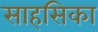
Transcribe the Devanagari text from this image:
साहसिका